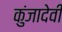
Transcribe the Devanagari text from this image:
कुंजादेवी